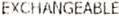
EXCHANGEABLE